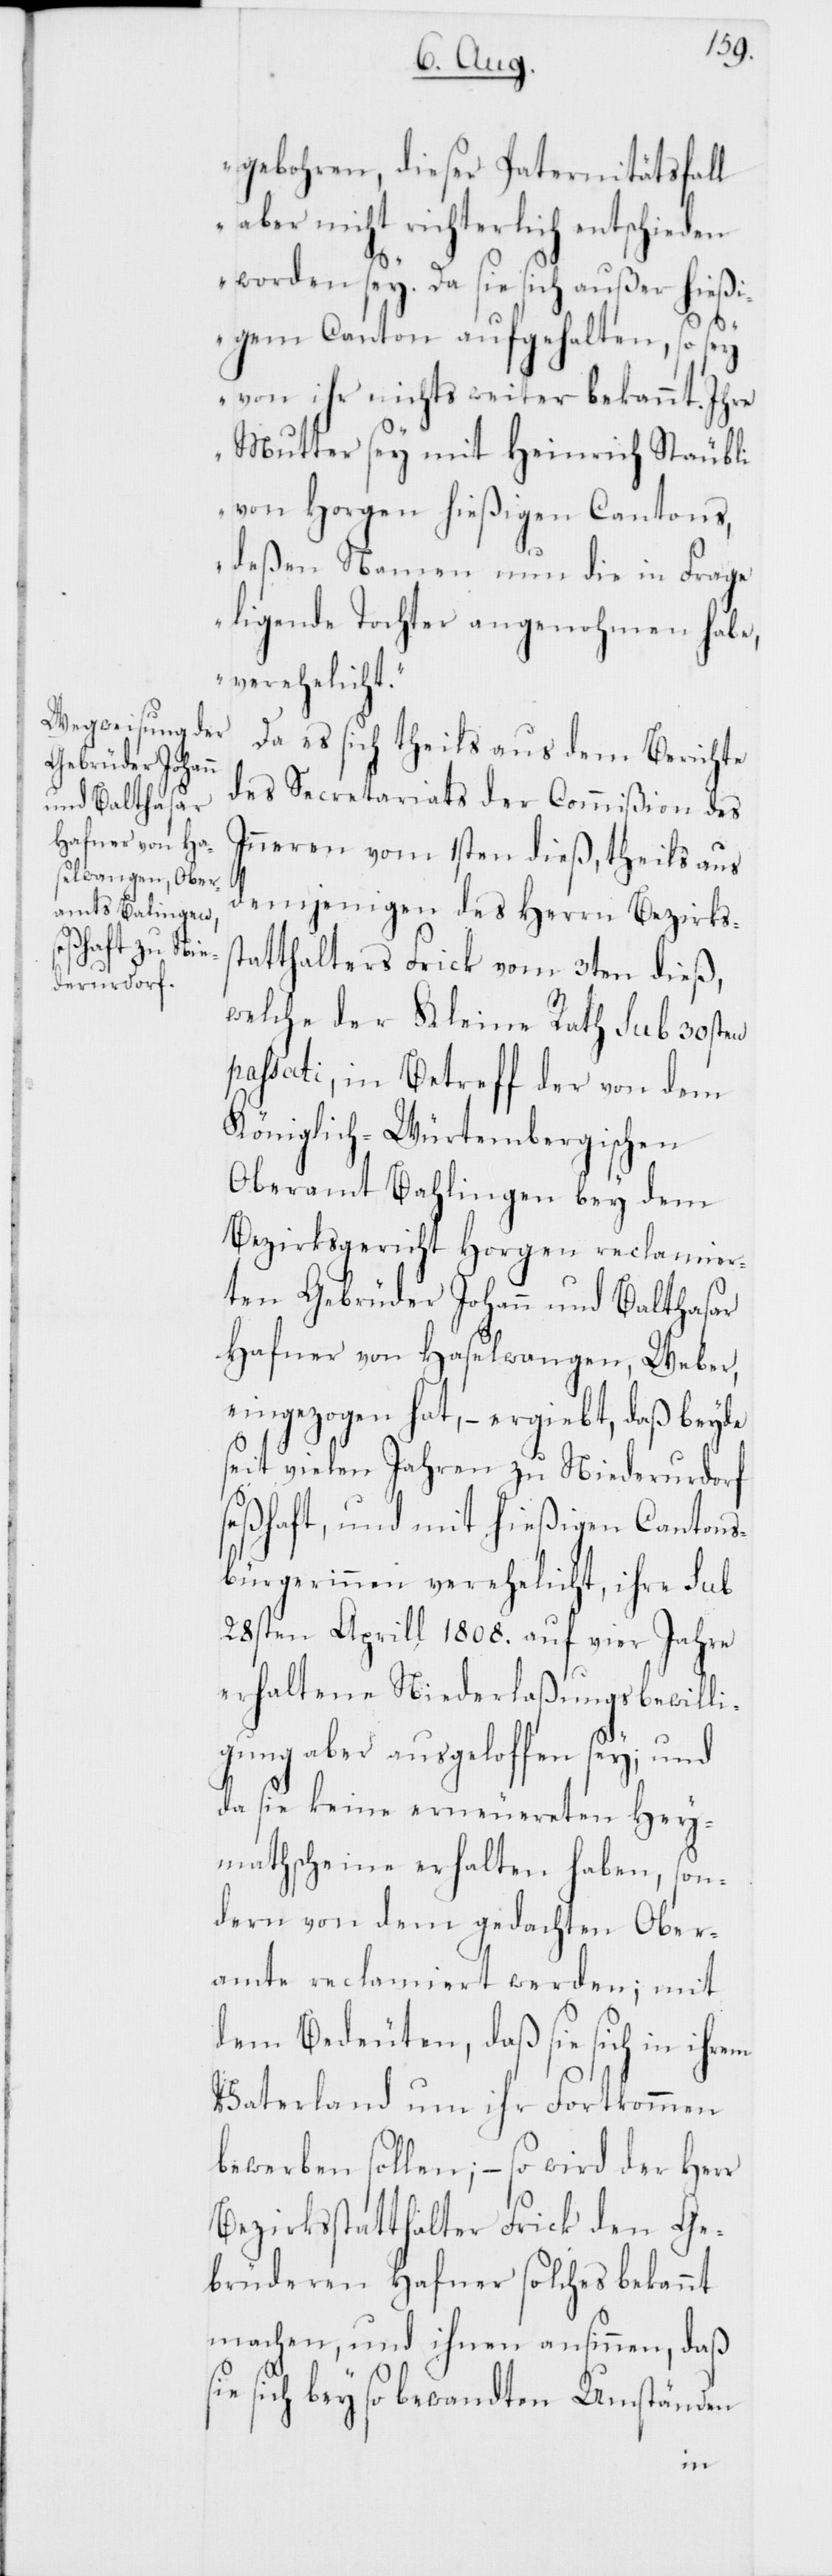
amt Bahlingen

gebohren, dieser Paternitätsfall
aber nicht richterlich entschieden
worden sey. Da sie sich außer hießi¬
gem Canton aufgehalten, so sey
von ihr nichts weiter bekannt. Ihre
Mutter sey mit Heinrich Stäubli
von Horgen hießigen Cantons,
deßen Namen nun die in Frage
ligende Tochter angenohmen habe,
verehelicht.“
Da es sich theils aus dem Berichte
des Secretariats der Commißion des
Inneren vom 1sten dieß, theils aus
demjenigen des Herrn Bezirkss¬
tatthalters Frick vom 3ten dieß,
welche der Kleine Rath sub 30sten
passati, in Betreff der von dem
Königlich-Würtembergischen
Bezirksgericht Horgen reclamier¬
ten Gebrüder Johann und Balthasar
Hafner von Haselwangen, Weber,
eingezogen hat, – ergiebt, daß beyde
seit vielen Jahren zu Niederurdorf
seßhaft, und mit hießigen Cantons¬
bürgerinnen verehelicht, ihre sub
28sten Aprill 1808. auf vier Jahre
erhaltene Niederlaßungsbewilli¬
gung aber ausgeloffen sey; und
da sie keine erneuereten Hey¬
mathscheine erhalten haben, son¬
dern von dem gedachten Ober¬
amte reclamiert werden; mit
dem Bedeuten, daß sie sich in ihrem
Vaterland um ihr Fortkommen
bewerben sollen; – so wird der Herr
Bezirksstatthalter Frick den Ge¬
brüderen Hafner solches bekannt
machen, und ihnen ansinnen, daß
sie sich bey so bewandten Umständen
Ober¬